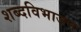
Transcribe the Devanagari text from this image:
शब्दविभाजन